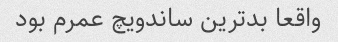
واقعا بدترین ساندویچ عمرم بود